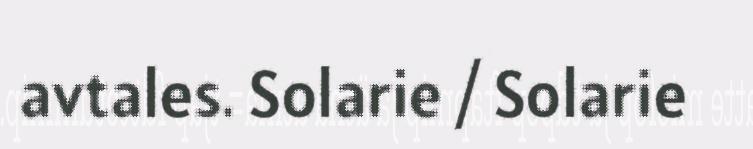
avtales. Solarie / Solarie